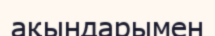
ақындарымен